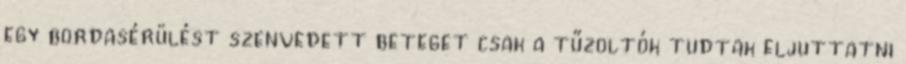
egy bordasérülést szenvedett beteget csak a tűzoltók tudtak eljuttatni